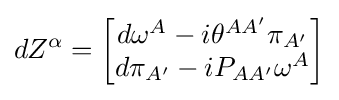
dZ^{\alpha }={\begin{bmatrix}d\omega ^{A}-i\theta ^{AA'}\pi _{A'}\\d\pi _{A'}-iP_{AA'}\omega ^{A}\end{bmatrix}}